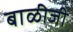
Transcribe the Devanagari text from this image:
बाळीजी